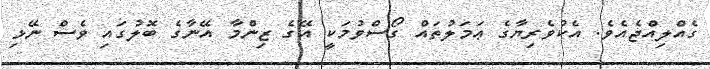
ގެއްލިއްޖެއެވެ. އެކުވެރިޔާގެ ޢަމަލުތައް ގޯސްވުމަކީ އޭގެ ޒިންމާ އޭނާގެ ބޮލުގައި ވެސް ނޭޅި